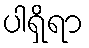
ပါရှိရာ